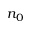
n _ { 0 }